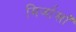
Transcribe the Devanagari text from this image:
मिर्जाखाँ